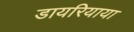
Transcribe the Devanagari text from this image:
डायरियाया